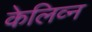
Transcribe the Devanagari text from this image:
केलिव्न